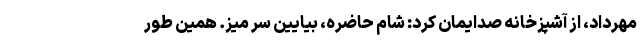
مهرداد، از آشپزخانه صدایمان کرد: شام حاضره، بیایین سر میز. همین طور